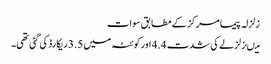
زلزلہ پیما مرکز کے مطابق سوات
میںزلزلے کی شدت 4.4 اور کوئٹہ میں 3.5 ریکارڈ کی گئی تھی۔